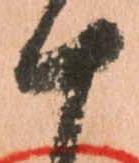
十